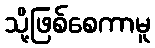
သို့ဖြစ်စေကာမူ